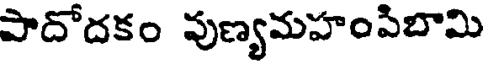
పాదోదకం వుణ్యమహంపిబామి